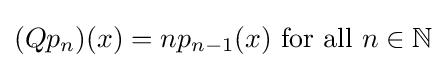
(Qp_{n})(x)=np_{n-1}(x){\text{ for all }}n\in \mathbb {N}